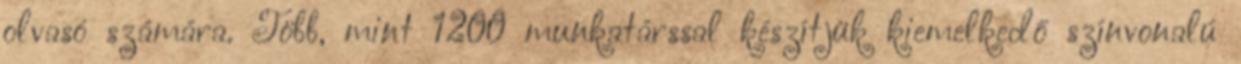
olvasó számára. Több, mint 1200 munkatárssal készítjük kiemelkedő színvonalú